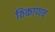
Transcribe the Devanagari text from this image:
ठिकाणच